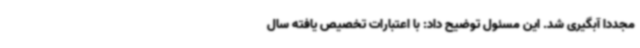
مجدداً آبگیری شد. این مسئول توضیح داد: با اعتبارات تخصیص یافته سال